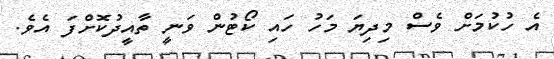
އެ ހުކުމަށް ވެސް މިދިޔަ މަހު ހައި ކޯޓުން ވަނީ ތާއީދުކޮށްފަ އެވެ.